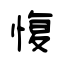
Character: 愎